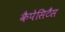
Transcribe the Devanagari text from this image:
कैपेसिटैंस